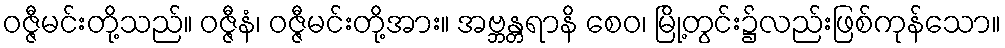
ဝဇ္ဇီမင်းတို့သည်။ ဝဇ္ဇီနံ၊ ဝဇ္ဇီမင်းတို့အား။ အဗ္ဘန္တရာနိ စေဝ၊ မြို့တွင်း၌လည်းဖြစ်ကုန်သော။